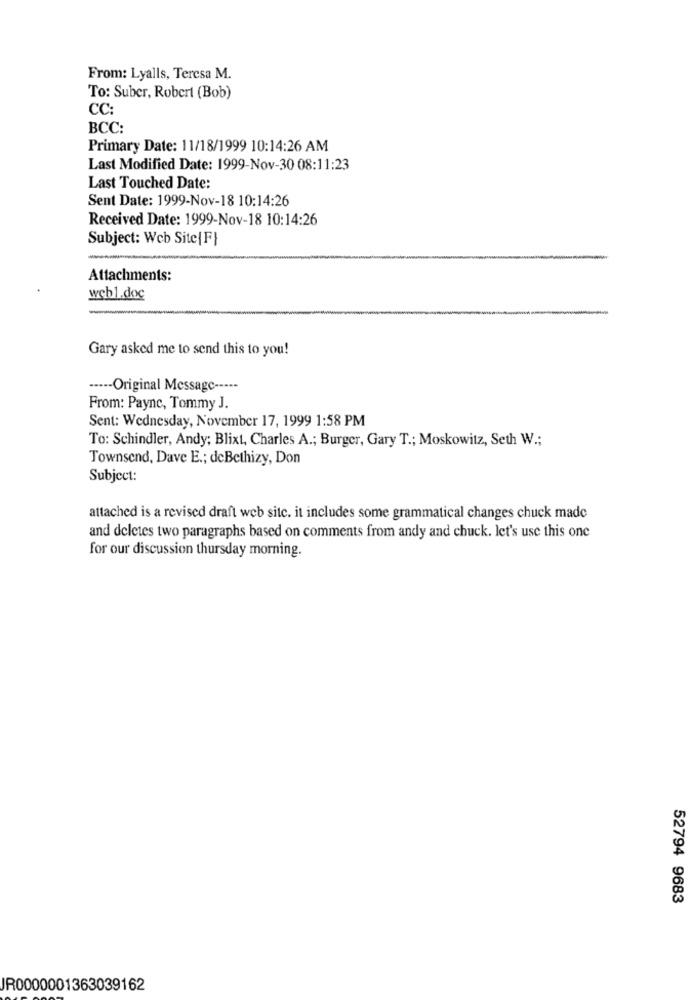
From: Lyalls, Teresa M.
To: Suber, Robert (Bob)
CC:
BCC:
Primary Date: 11/18/1999 10:14:26 AM
Last Modified Date: 1999-Nov-30 08:11:23
Last Touched Date:
Sent Date: 1999-Nov-18 10:14:26
Received Date: 1999-Nov-18 10:14:26
Subject: Web Site {F}
Attachments:
wch1.doc
Gary asked me to send this to you!
····- Original Message -----
From: Payne, Tommy J.
Sent: Wednesday, November 17, 1999 1:58 PM
To: Schindler, Andy; Blixt, Charles A .; Burger, Gary T .; Moskowitz, Seth W .;
Townsend, Dave E .; deBethizy, Don
Subject:
attached is a revised draft web site. it includes some grammatical changes chuck made
and deletes two paragraphs based on comments from andy and chuck. let's use this one
for our discussion thursday morning.
52794 9683
JR0000001363039162